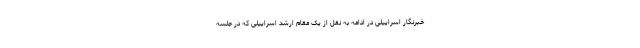
خبرنگار اسراییلی در ادامه به نقل از یک مقام ارشد اسراییلی که در جلسه